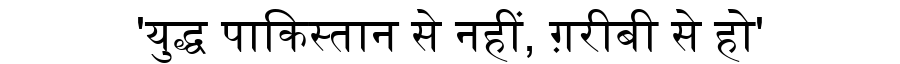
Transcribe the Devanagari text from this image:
'युद्ध पाकिस्तान से नहीं, ग़रीबी से हो'